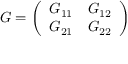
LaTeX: G = { \left( \begin{array} { l l } { G _ { 1 1 } } & { G _ { 1 2 } } \\ { G _ { 2 1 } } & { G _ { 2 2 } } \end{array} \right) }